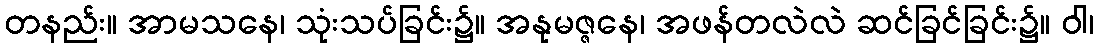
တနည်း။ အာမသနေ၊ သုံးသပ်ခြင်း၌။ အနုမဇ္ဇနေ၊ အဖန်တလဲလဲ ဆင်ခြင်ခြင်း၌။ ဝါ၊